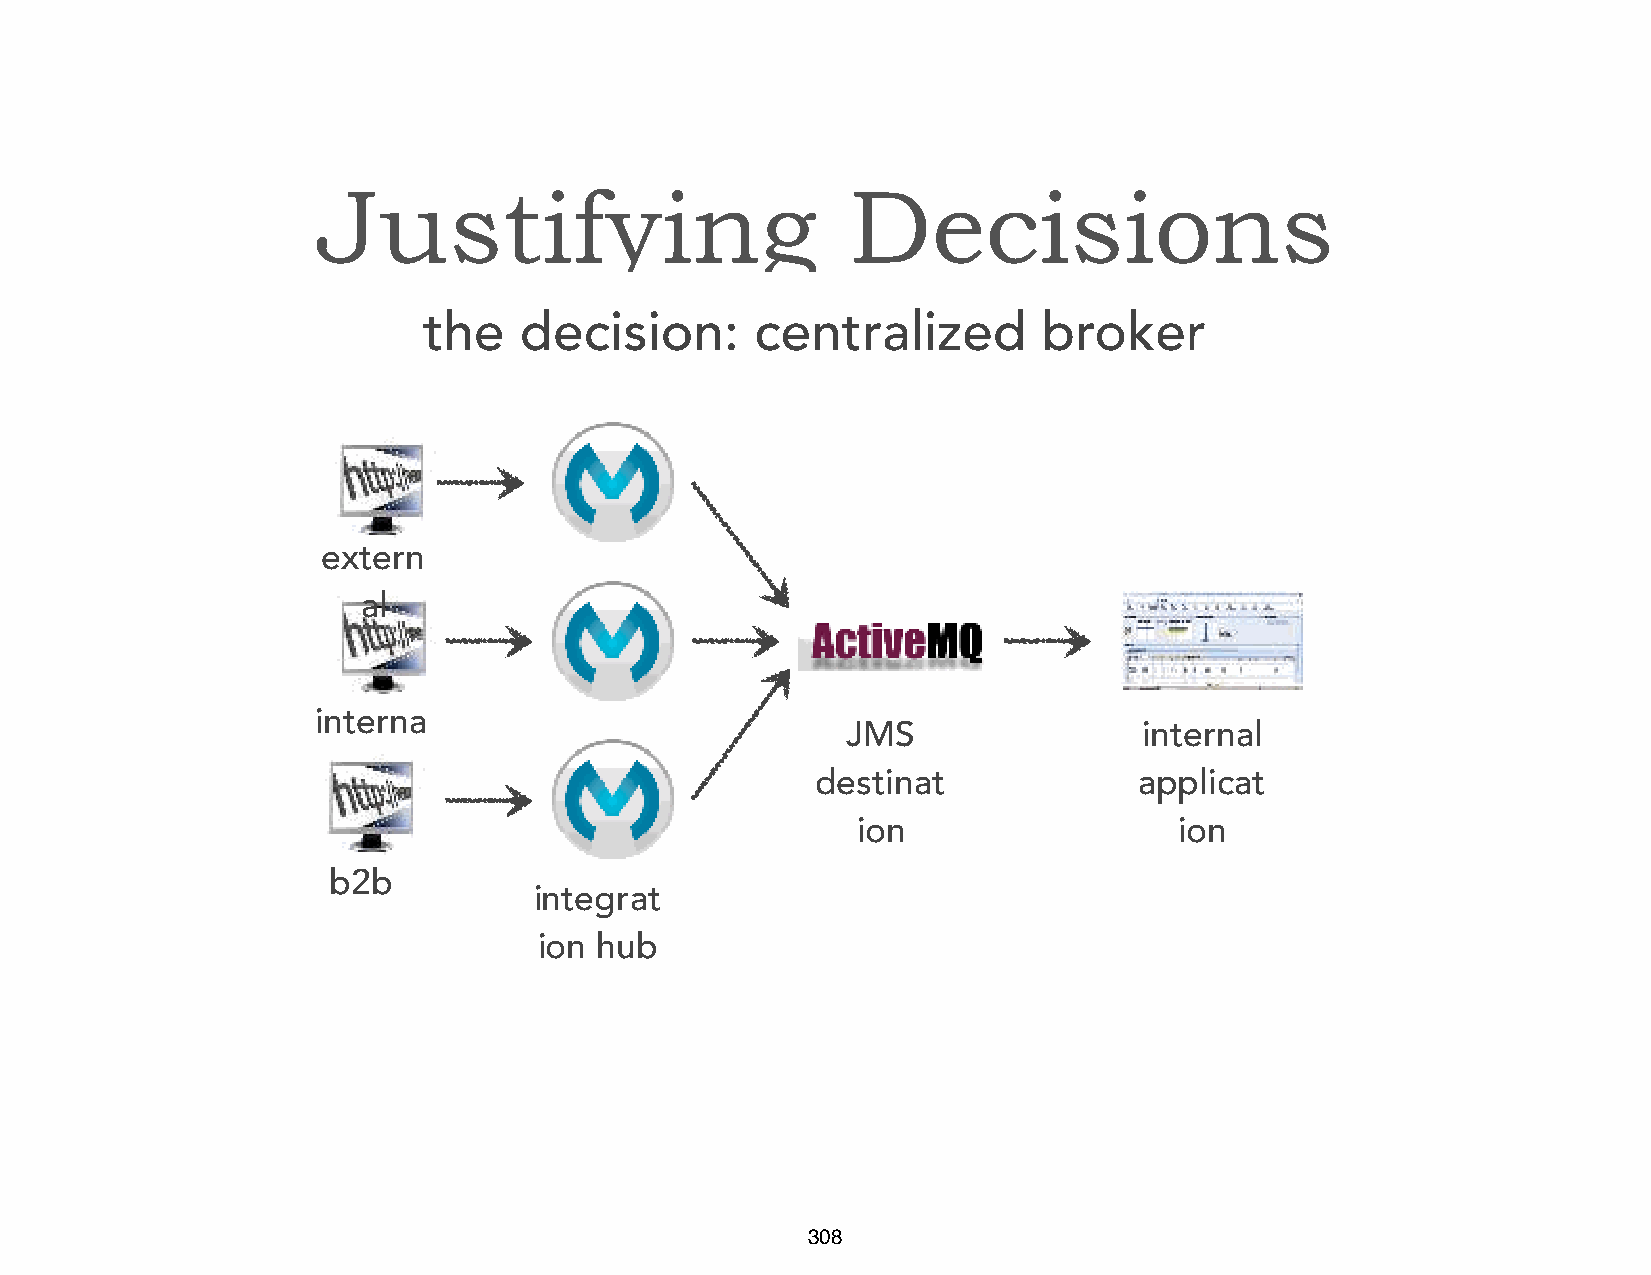
Justifying                         Decisions
 the   decision:       centralized        broker
 extern
 al
 interna
 JMS                 internal
 l
 destinat             applicat
 ion                  ion
 b2b
 integrat
 ion hub
 308